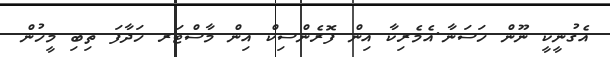
އެގުނީކީ ނޫން ހަސަނާ.އެމެރިކާ އިން ފޮރެންސިކް އިން މާސްޓަރ ހަދާފަ ތިބި މީހުން